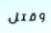
وقتل